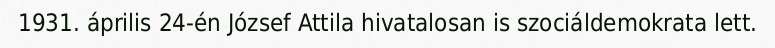
1931. április 24-én József Attila hivatalosan is szociáldemokrata lett.